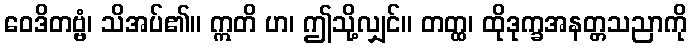
ဝေဒိတဗ္ဗံ၊ သိအပ်၏။ ဣတိ ဟ၊ ဤသို့လျှင်။ တတ္ထ၊ ထိုဒုက္ခအနတ္တသညာကို